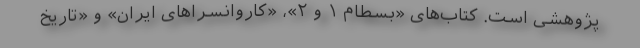
پژوهشی است. کتاب‌های «بسطام ۱ و ۲»، «کاروانسراهای ایران» و «تاریخ